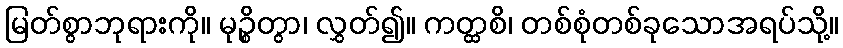
မြတ်စွာဘုရားကို။ မုဉ္စိတွာ၊ လွှတ်၍။ ကတ္ထစိ၊ တစ်စုံတစ်ခုသောအရပ်သို့။